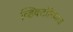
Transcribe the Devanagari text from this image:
व्हिक्टोरियाज